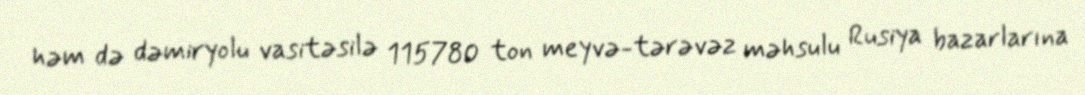
həm də dəmiryolu vasitəsilə 115780 ton meyvə-tərəvəz məhsulu Rusiya bazarlarına